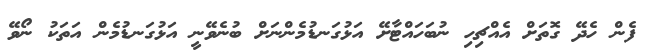
ފެން ހެދޭ ގޮތަށް އެއްޗިހި ނުބަހައްޓާށޭ އަޅުގަނޑުމެންނަށް ބުނެވޭނީ އަޅުގަނޑުމެން އަތަކު ނޯވޭ